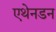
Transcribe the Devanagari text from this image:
एथेनडन